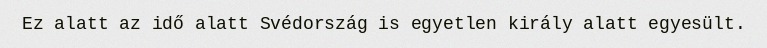
Ez alatt az idő alatt Svédország is egyetlen király alatt egyesült.